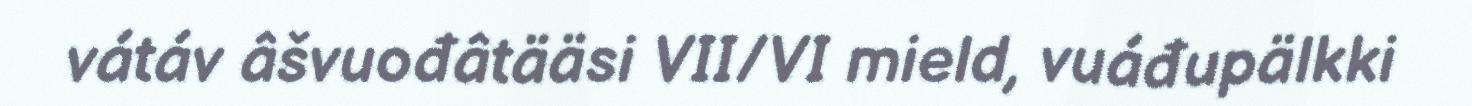
vátáv âšvuođâtääsi VII/VI mield, vuáđupälkki